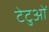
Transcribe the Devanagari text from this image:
टेटुओं